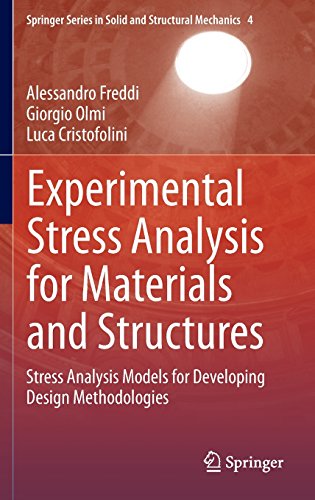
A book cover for Experimental Stress Analysis for Materials and Structures: Stress Analysis Models for Developing Design Methodologies (Springer Series in Solid and Structural Mechanics); Alessandro Freddi; Science & Math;